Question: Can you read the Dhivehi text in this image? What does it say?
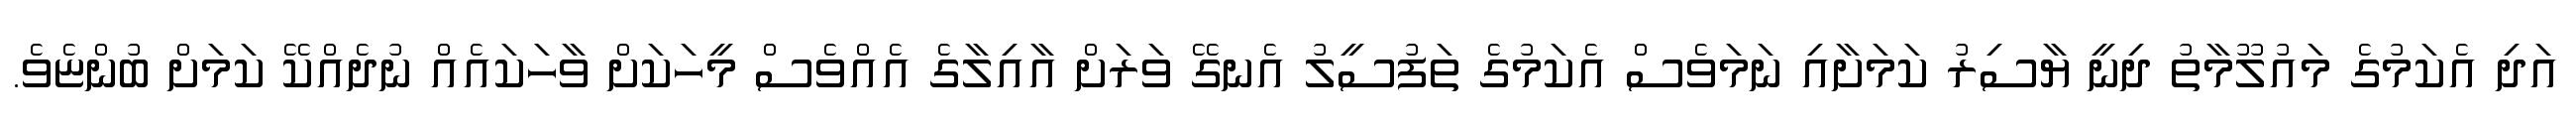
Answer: އަދި އެކަމުގެ މައުލޫމާތު ދިނީ ޔާސިރު ކަމަށާއި ނަމަވެސް އެކަމުގެ ތަފުސީލު އެނގޭ ވަރަށް އާއިލާގެ އެއްވެސް މީހަކަށް ވާހަކައެއް ނުދެއްކޭ ކަމަށް ބުންޏެވެ.